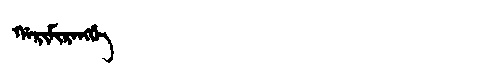
Manchu: ᡤᠠᡵᡳᠮᡳᡵᠠᠩᡤᡝ
Romanization: GARIMIRANGGE